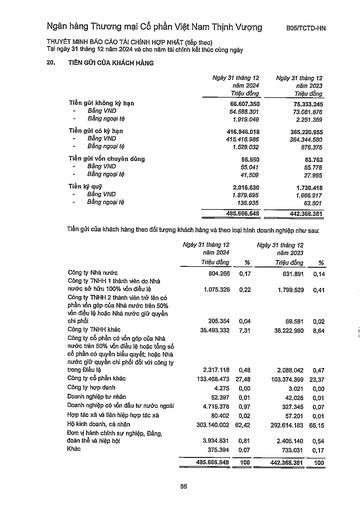
||Ngày 31 tháng 12 năm 2024 Triệu đồng|Ngày 31 tháng 12 năm 2023 Triệu đồng| |---|---|---| |Tiền gửi không kỳ hạn|66.607.350|75.333.245| |- Bằng VND|64.688.301|73.081.876| |- Bằng ngoại tệ|1.919.049|2.251.369| |Tiền gửi có kỳ hạn|416.946.018|365.220.955| |- Bằng VND|415.416.986|364.344.580| |- Bằng ngoại tệ|1.529.032|876.375| |Tiền gửi vốn chuyên dụng|96.550|83.763| |- Bằng VND|55.041|55.778| |- Bằng ngoại tệ|41.509|27.985| |Tiền ký quỹ|2.016.630|1.730.418| |- Bằng VND|1.879.695|1.666.917| |- Bằng ngoại tệ|136.935|63.501| ||485.666.548|442.368.381| ||Ngày 31 tháng 12 năm 2024 Triệu đồng|%|Ngày 31 tháng 12 năm 2023 Triệu đồng|%| |---|---|---|---|---| |Công ty Nhà nước|804.266|0,17|631.891|0,14| |Công ty TNHH 1 thành viên do Nhà nước sở hữu 100% vốn điều lệ|1.075.326|0,22|1.799.529|0,41| |Công ty TNHH 2 thành viên trở lên có phần vốn góp của Nhà nước trên 50% vốn điều lệ hoặc Nhà nước giữ quyền chi phối|205.354|0,04|69.581|0,02| |Công ty TNHH khác|35.493.332|7,31|38.222.990|8,64| |Công ty có phần vốn góp của Nhà nước trên 50% vốn điều lệ hoặc tổng số cổ phần có quyền biểu quyết; hoặc Nhà nước giữ quyền chi phối đối với công ty trong Điều lệ|2.317.118|0,48|2.088.042|0,47| |Công ty cổ phần khác|133.468.473|27,48|103.374.399|23,37| |Công ty hợp danh|4.275|0,00|3.021|0,00| |Doanh nghiệp tư nhân|52.397|0,01|42.028|0,01| |Doanh nghiệp có vốn đầu tư nước ngoài|4.715.378|0,97|327.345|0,07| |Hợp tác xã và liên hiệp hợp tác xã|80.402|0,02|57.201|0,01| |Hộ kinh doanh, cá nhân|303.140.002|62,42|292.614.183|66,15| |Đơn vị hành chính sự nghiệp, Đảng, đoàn thể và hiệp hội|3.934.831|0,81|2.405.140|0,54| |Khác|375.394|0,07|733.031|0,17| ||485.666.548|100|442.368.381|100|